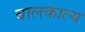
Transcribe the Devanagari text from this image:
बालकाल्य